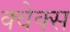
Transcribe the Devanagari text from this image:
क्वेक्स